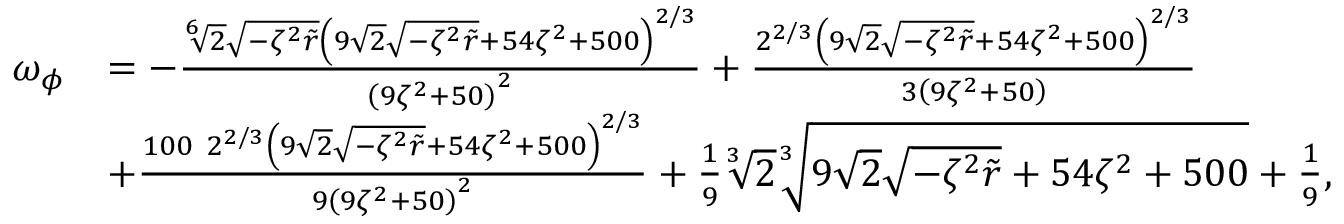
\begin{array} { r l } { \omega _ { \phi } } & { = - \frac { \sqrt [ 6 ] { 2 } \sqrt { - \zeta ^ { 2 } \tilde { r } } \left( 9 \sqrt { 2 } \sqrt { - \zeta ^ { 2 } \tilde { r } } + 5 4 \zeta ^ { 2 } + 5 0 0 \right) ^ { 2 / 3 } } { \left( 9 \zeta ^ { 2 } + 5 0 \right) ^ { 2 } } + \frac { 2 ^ { 2 / 3 } \left( 9 \sqrt { 2 } \sqrt { - \zeta ^ { 2 } \tilde { r } } + 5 4 \zeta ^ { 2 } + 5 0 0 \right) ^ { 2 / 3 } } { 3 \left( 9 \zeta ^ { 2 } + 5 0 \right) } } \\ & { + \frac { 1 0 0 \ 2 ^ { 2 / 3 } \left( 9 \sqrt { 2 } \sqrt { - \zeta ^ { 2 } \tilde { r } } + 5 4 \zeta ^ { 2 } + 5 0 0 \right) ^ { 2 / 3 } } { 9 \left( 9 \zeta ^ { 2 } + 5 0 \right) ^ { 2 } } + \frac { 1 } { 9 } \sqrt [ 3 ] { 2 } \sqrt [ 3 ] { 9 \sqrt { 2 } \sqrt { - \zeta ^ { 2 } \tilde { r } } + 5 4 \zeta ^ { 2 } + 5 0 0 } + \frac { 1 } { 9 } , } \end{array}